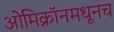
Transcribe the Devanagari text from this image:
ओमिक्रॉनमधूनच